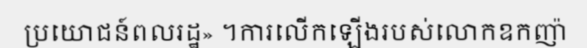
ប្រយោជន៍ពលរដ្ឋ» ។ការលើកឡើងរបស់លោកឧកញ៉ា